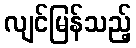
လျင်မြန်သည့်